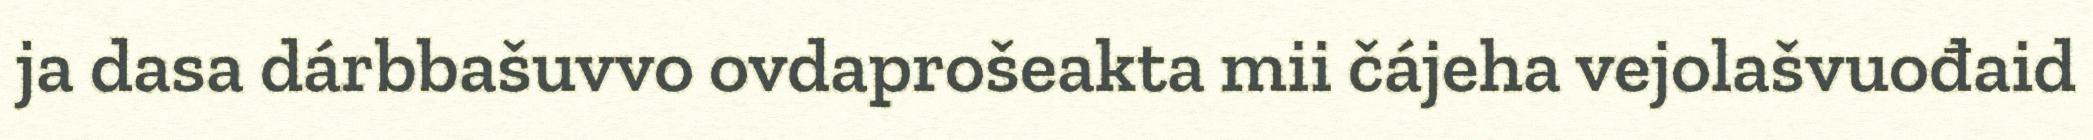
ja dasa dárbbašuvvo ovdaprošeakta mii čájeha vejolašvuođaid